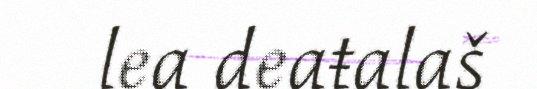
lea deaŧalaš